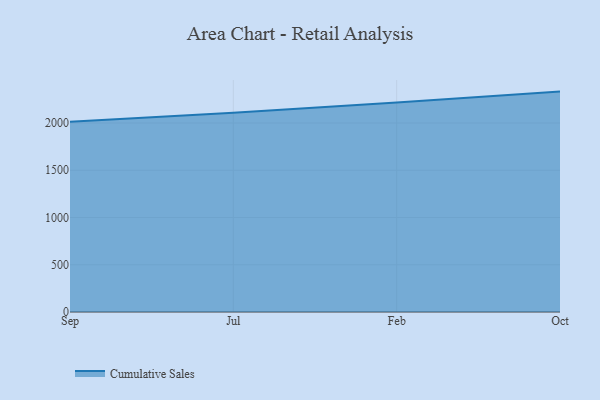
{"axis": {"x": "Month", "y": "Churn Rate (%)"}, "legend": ["Cumulative Sales"], "data": [{"x": "Sep", "y": 2014.5, "type": "Cumulative Sales"}, {"x": "Jul", "y": 2108.8, "type": "Cumulative Sales"}, {"x": "Feb", "y": 2216.8, "type": "Cumulative Sales"}, {"x": "Oct", "y": 2332.3, "type": "Cumulative Sales"}]}